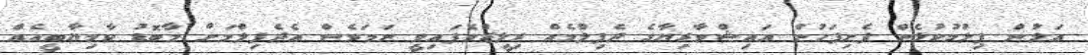
އަލުން ފިލްމުކުޅެން ފެށިފަހުން އައިޝްވާރިޔާގެ ދެފިލްމެއް ރިލީޒްވެފައިވީ ނަމަވެސް އެދެފިލްމަށް މާބޮޑު ކާމިޔާބީއެއް